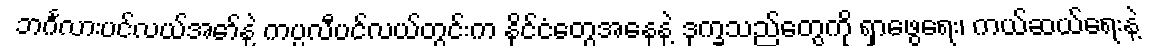
ဘင်္ဂလားပင်လယ်အော်နဲ့ ကပ္ပလီပင်လယ်တွင်းက နိုင်ငံတွေအနေနဲ့ ဒုက္ခသည်တွေကို ရှာဖွေရေး၊ ကယ်ဆယ်ရေးနဲ့